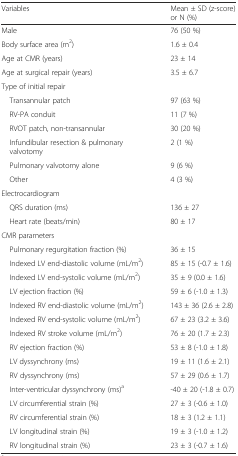
| Variables | Mean ± SD (z-score) or N (%) |
 | --- | --- |
 | Male | 76 (50 %) |
 | Body surface area (m2) | 1.6 ± 0.4 |
 | Age at CMR (years) | 23 ± 14 |
 | Age at surgical repair (years) | 3.5 ± 6.7 |
 | Type of initial repair |  |
 | Transannular patch | 97 (63 %) |
 | RV-PA conduit | 11 (7 %) |
 | RVOT patch, non-transannular | 30 (20 %) |
 | Infundibular resection & pulmonary valvotomy | 2 (1 %) |
 | Pulmonary valvotomy alone | 9 (6 %) |
 | Other | 4 (3 %) |
 | Electrocardiogram |  |
 | QRS duration (ms) | 136 ± 27 |
 | Heart rate (beats/min) | 80 ± 17 |
 | CMR parameters |  |
 | Pulmonary regurgitation fraction (%) | 36 ± 15 |
 | Indexed LV end-diastolic volume (mL/m2) | 85 ± 15 (-0.7 ± 1.6) |
 | Indexed LV end-systolic volume (mL/m2) | 35 ± 9 (0.0 ± 1.6) |
 | LV ejection fraction (%) | 59 ± 6 (-1.0 ± 1.3) |
 | Indexed RV end-diastolic volume (mL/m2) | 143 ± 36 (2.6 ± 2.8) |
 | Indexed RV end-systolic volume (mL/m2) | 67 ± 23 (3.2 ± 3.6) |
 | Indexed RV stroke volume (mL/m2) | 76 ± 20 (1.7 ± 2.3) |
 | RV ejection fraction (%) | 53 ± 8 (-1.0 ± 1.8) |
 | LV dyssynchrony (ms) | 19 ± 11 (1.6 ± 2.1) |
 | RV dyssynchrony (ms) | 57 ± 29 (0.6 ± 1.7) |
 | Inter-ventricular dyssynchrony (ms)a | -40 ± 20 (-1.8 ± 0.7) |
 | LV circumferential strain (%) | 27 ± 3 (-0.6 ± 1.0) |
 | RV circumferential strain (%) | 18 ± 3 (1.2 ± 1.1) |
 | LV longitudinal strain (%) | 19 ± 3 (-1.0 ± 1.2) |
 | RV longitudinal strain (%) | 23 ± 3 (-0.7 ± 1.6) |